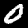
Digit: 0